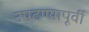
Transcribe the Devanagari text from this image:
उपटण्यापूर्वी